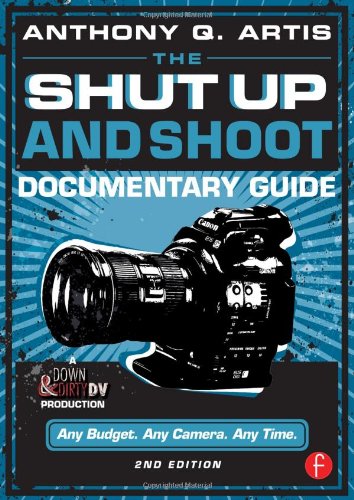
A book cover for The Shut Up and Shoot Documentary Guide: A Down & Dirty DV Production; Anthony Q. Artis; Arts & Photography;